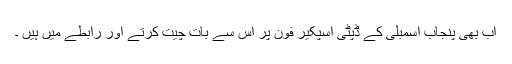
اب بھی پنجاب اسمبلی کے ڈپٹی اسپکیر فون پر اس سے بات چیت کرتے اور رابطے میں ہیں ۔